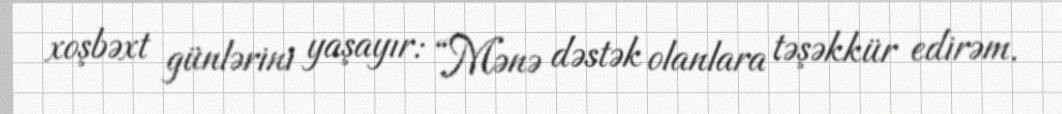
xoşbəxt günlərini yaşayır: “Mənə dəstək olanlara təşəkkür edirəm.